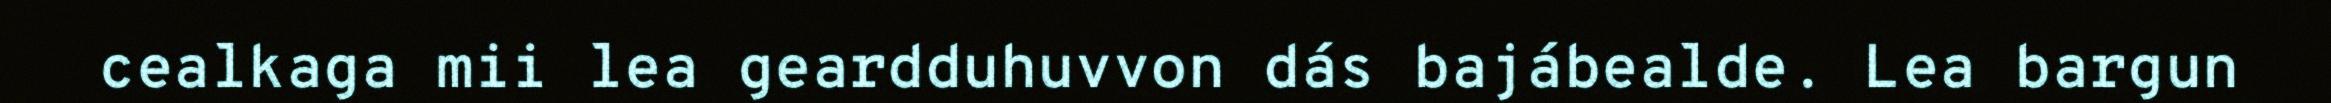
cealkaga mii lea geardduhuvvon dás bajábealde. Lea bargun